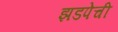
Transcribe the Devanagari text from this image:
झडपेची